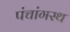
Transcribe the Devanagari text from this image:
पंचांगस्थ